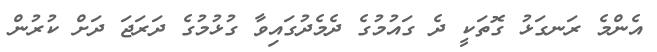
އެންމެ ރަނގަޅު ގޮތަކީ ދެ ގައުމުގެ ދެމެދުގައިވާ ގުޅުމުގެ ދަރަޖަ ދަށް ކުރުން